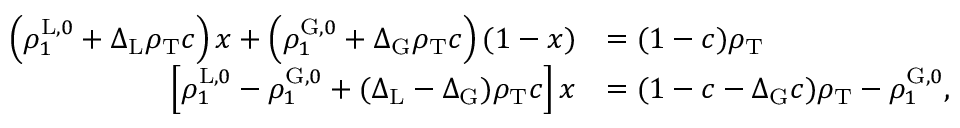
\begin{array} { r l } { \left( \rho _ { 1 } ^ { \mathrm { L } , 0 } + \Delta _ { \mathrm { L } } \rho _ { \mathrm { T } } c \right) x + \left( \rho _ { 1 } ^ { \mathrm { G } , 0 } + \Delta _ { \mathrm { G } } \rho _ { \mathrm { T } } c \right) ( 1 - x ) } & { = ( 1 - c ) \rho _ { \mathrm { T } } } \\ { \left[ \rho _ { 1 } ^ { \mathrm { L } , 0 } - \rho _ { 1 } ^ { \mathrm { G } , 0 } + ( \Delta _ { \mathrm { L } } - \Delta _ { \mathrm { G } } ) \rho _ { \mathrm { T } } c \right] x } & { = ( 1 - c - \Delta _ { \mathrm { G } } c ) \rho _ { \mathrm { T } } - \rho _ { 1 } ^ { \mathrm { G } , 0 } , } \end{array}